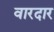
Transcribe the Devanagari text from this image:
वारदार